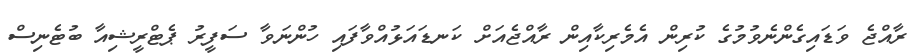
ރާއްޖެ ވަޑައިގެންނެވުމުގެ ކުރިން އެމެރިކާއިން ރާއްޖެއަށް ކަނޑައަޅުއްވާފައި ހުންނަވާ ސަފީރު ޕެޓްރީޝިއާ ބުޓެނިސް